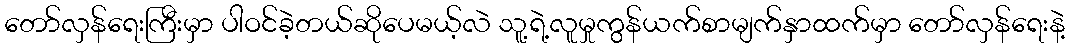
တော်လှန်ရေးကြီးမှာ ပါဝင်ခဲ့တယ်ဆိုပေမယ့်လဲ သူ့ရဲ့လူမှုကွန်ယက်စာမျက်နှာထက်မှာ တော်လှန်ရေးနဲ့